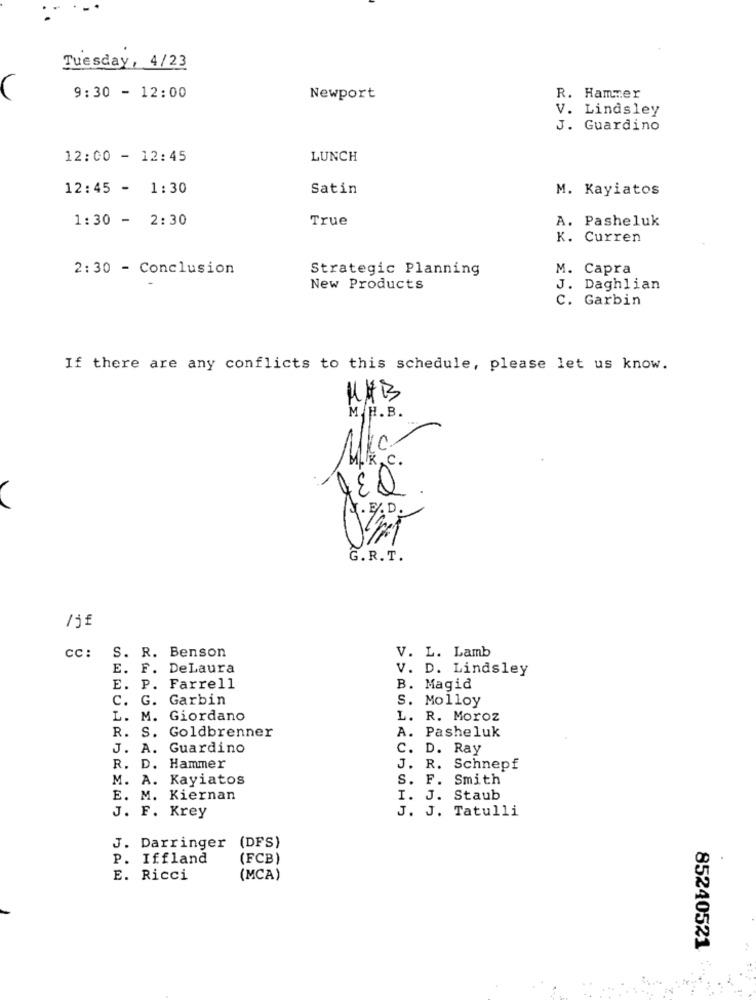
Tuesday, 4/23
9:30 - 12:00
Newport
R. Hammer
V. Lindsley
J. Guardino
12:00 - 12:45
LUNCH
12:45 - 1:30
Satin
M. Kayiatos
1:30 - 2:30
True
A. Pasheluk
K. Curren
2:30 - Conclusion
Strategic Planning
M. Capra
New Products
J. Daghlian
C. Garbin
If there are any conflicts to this schedule, please let us know.
HAB
M.H.B.
1.k.C.
X . E .D.
G. R. T.
cc:
S. R. Benson
V. L. Lamb
E. F. DeLaura
V. D. Lindsley
E. P. Farrell
B. Magid
C. G. Garbin
s.
Molloy
L. M. Giordano
L.
R. Moroz
A.
Pasheluk
R. S. Goldbrenner
J. A. Guardino
c.
D. Ray
R. D. Hammer
J.
R. Schnepf
M. A. Kayiatos
S.
F. Smith
E. M. Kiernan
I. J. Staub
J. F. Krey
J. J. Tatulli
J. Darringer
(DFS)
P. Iffland
(FCB)
E. Ricci
(MCA)
85240521